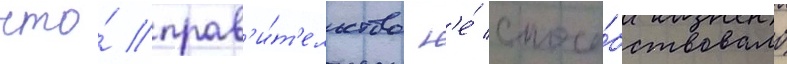
что́ прав'и́т'ельство н'е́ спосо́бствовало